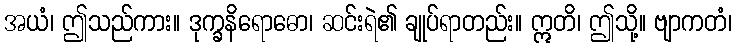
အယံ၊ ဤသည်ကား။ ဒုက္ခနိရောဓော၊ ဆင်းရဲ၏ ချုပ်ရာတည်း။ ဣတိ၊ ဤသို့။ ဗျာကတံ၊